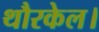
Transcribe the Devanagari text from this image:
थौरकेल।